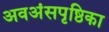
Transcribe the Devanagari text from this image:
अवअंसपृष्ठिका